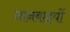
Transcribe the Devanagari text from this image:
नानबाइयों